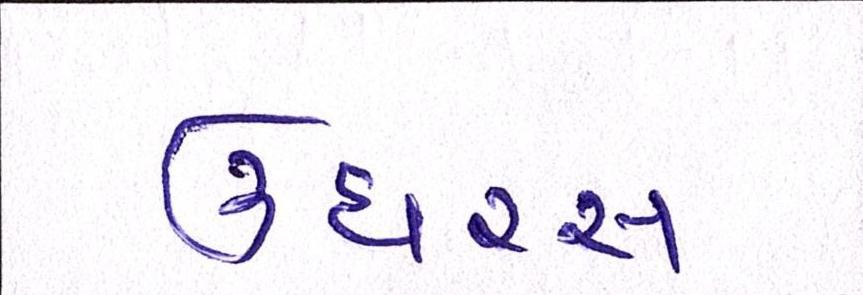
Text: ઉઘરસ